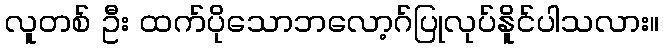
လူတစ် ဦး ထက်ပိုသောဘလော့ဂ်ပြုလုပ်နိူင်ပါသလား။